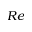
R e